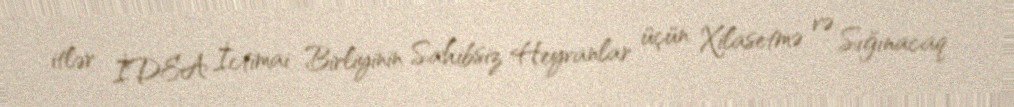
itlər İDEA İctimai Birliyinin Sahibsiz Heyvanlar üçün Xilasetmə və Sığınacaq